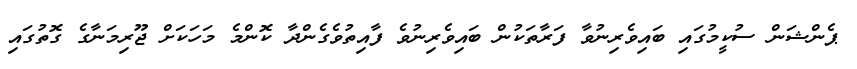
ޕެންޝަން ސުކީމުގައި ބައިވެރިނުވާ ފަރާތަކުން ބައިވެރިނުވެ ފާއިތުވެގެންދާ ކޮންމެ މަހަކަށް ޖޫރިމަނާގެ ގޮތުގައި